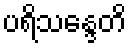
ပရိသန္ဒေတိ